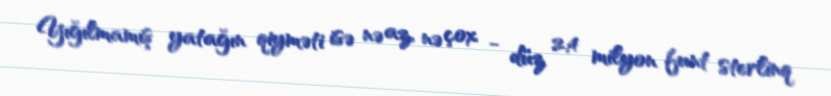
Yığılmamış yatağın qiyməti isə nə az, nə çox - düz 2,4 milyon funt sterlinq